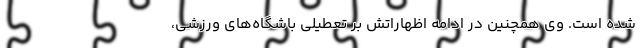
شده است. وی همچنین در ادامه اظهاراتش بر تعطیلی باشگاه‌های ورزشی،